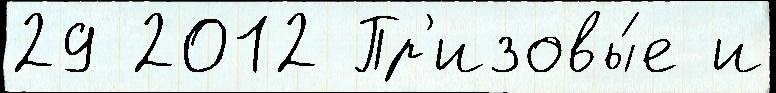
29 2012 Пр'изовы́е и